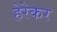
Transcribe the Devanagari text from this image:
हेरेकर